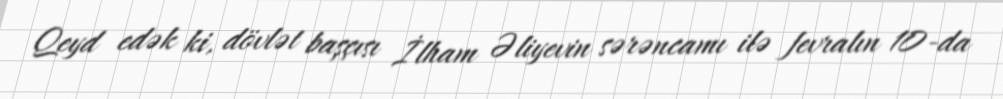
Qeyd edək ki, dövlət başçısı İlham Əliyevin sərəncamı ilə fevralın 10-da